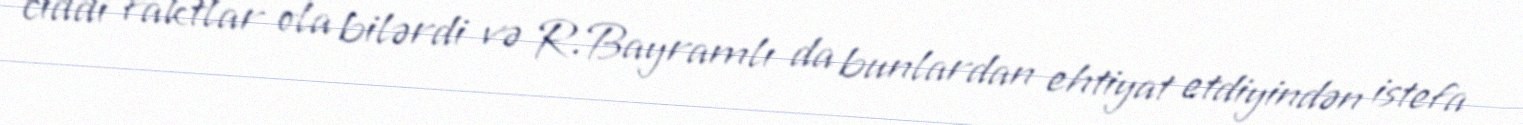
ciddi faktlar ola bilərdi və R.Bayramlı da bunlardan ehtiyat etdiyindən istefa